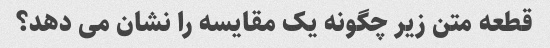
قطعه متن زیر چگونه یک مقایسه را نشان می دهد؟